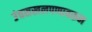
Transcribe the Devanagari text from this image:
उंचसखलपणावरून